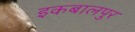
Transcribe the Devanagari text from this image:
इकबालपुर